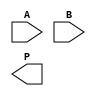
module wallace_tree_multiplier #(parameter N = 4) (
    input  wire [N-1:0] A,  // First operand
    input  wire [N-1:0] B,  // Second operand
    output wire [2*N-1:0] P // Product
);

    // Generate partial products
    wire [N-1:0] pp [0:N-1]; // Partial products
    genvar i, j;
    generate
        for (i = 0; i < N; i = i + 1) begin : pp_gen
            assign pp[i] = A & {N{B[i]}};
        end
    endgenerate

    // Wallace tree reduction
    wire [N-1:0] sum [0:N-1]; // Sums at each stage
    wire [N-1:0] carry [0:N-1]; // Carries at each stage

    // First stage of reduction
    generate
        for (i = 0; i < N; i = i + 1) begin : first_stage
            if (i % 3 == 0) begin
                assign {carry[i/3], sum[i/3]} = pp[i] + pp[i+1] + pp[i+2];
            end
        end
    endgenerate

    // Second stage of reduction
    wire [N-1:0] second_stage_sum [0:N/3]; // Sums at second stage
    wire [N-1:0] second_stage_carry [0:N/3]; // Carries at second stage

    generate
        for (i = 0; i < (N+2)/3; i = i + 1) begin : second_stage
            if (i < (N/3)) begin
                assign {second_stage_carry[i], second_stage_sum[i]} = sum[i*3] + sum[i*3+1] + sum[i*3+2];
            end
        end
    endgenerate

    // Final addition
    wire [2*N-1:0] final_sum;
    wire [2*N-1:0] final_carry;

    assign final_sum = {1'b0, second_stage_sum[0]} + {1'b0, second_stage_sum[1]} + {1'b0, second_stage_sum[2]};

    // Output product
    assign P = final_sum + {final_carry, 1'b0};

endmodule